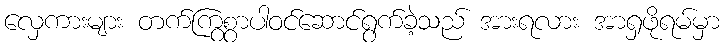
လှေကားများ တက်ကြွစွာပါဝင်ဆောင်ရွက်ခဲ့သည် အားရလား အာရှဖိုရမ်မှာ